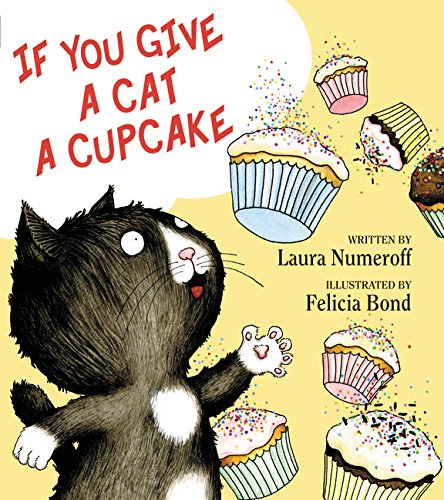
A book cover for If You Give a Cat a Cupcake (If You Give... Books); Laura Numeroff; Children's Books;